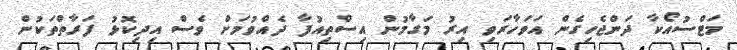
މަޓްސުއޯކާ ދަންޖެހިގެން އަވަހާރަވި އިރު މަގާމުން އިސްތިއުފާ ދެއްވުމަށް ވެސް އިދިކޮޅު ފަރާތްތަކުން